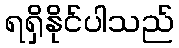
ရရှိနိုင်ပါသည်